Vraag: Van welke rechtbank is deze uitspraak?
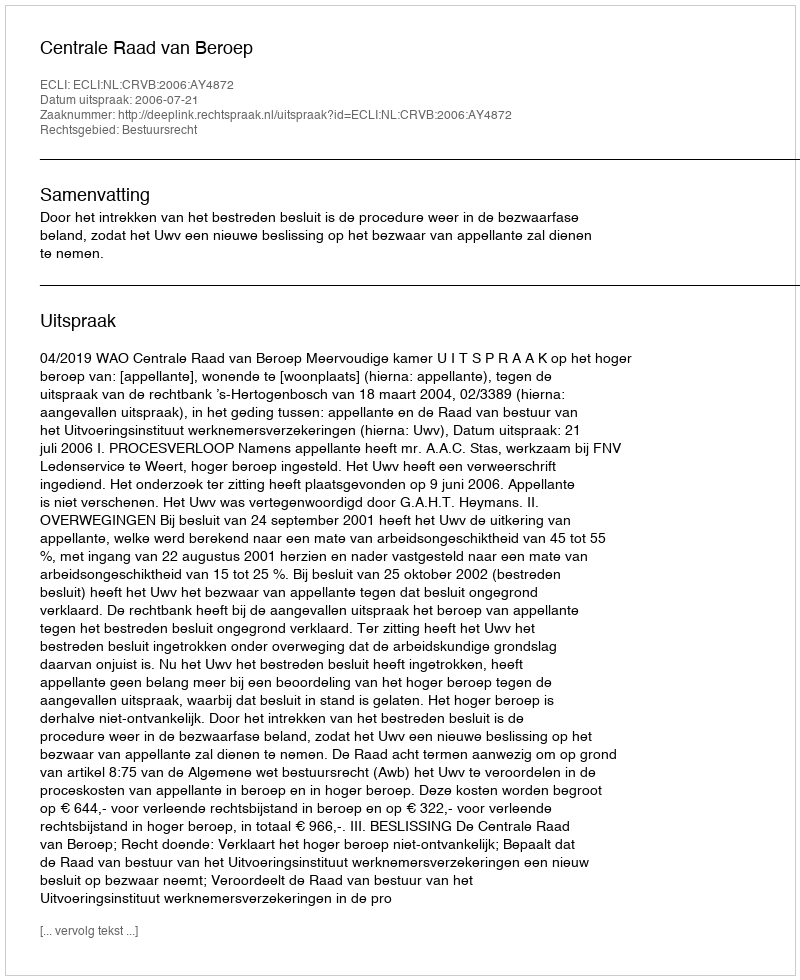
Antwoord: Centrale Raad van Beroep